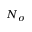
N _ { \sigma }